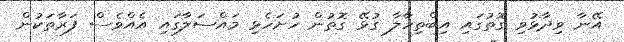
އޭނާ ވިދާޅުވި ގޮތުގައި އިބްތިހާލާ ގުޅޭ ގޮތުން ހުށަހެޅި މައްސަލާގައި އެއްވެސް ފަރާތަކުން